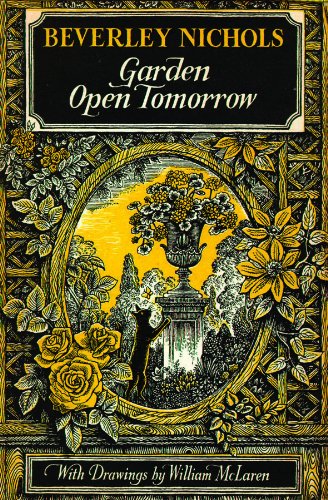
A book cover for Garden Open Tomorrow; Beverley Nichols; Crafts, Hobbies & Home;